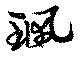
珮